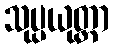
သုပ္ပယုတ္တာ